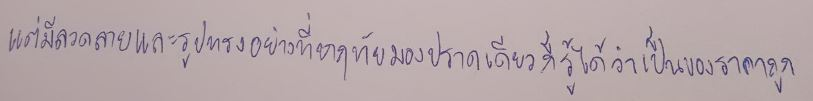
แต่มีลวดลายและรูปทรงอย่างที่หฤทัยมองปราดเดียวก็รู้ได้ว่าเป็นของราคาถูก